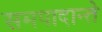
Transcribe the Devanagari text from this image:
समपादान्ते